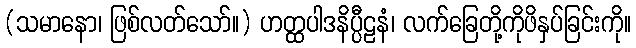
(သမာနော၊ ဖြစ်လတ်သော်။) ဟတ္ထပါဒနိပ္ပီဠနံ၊ လက်ခြေတို့ကိုဖိနှပ်ခြင်းကို။